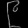
Digit: ၉